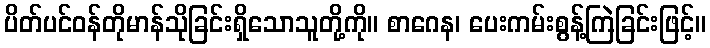
ပိတ်ပင်ဝန်တိုမာန်သိုခြင်းရှိသောသူတို့ကို။ စာဂေန၊ ပေးကမ်းစွန့်ကြဲခြင်းဖြင့်။